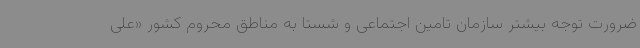
ضرورت توجه بیشتر سازمان تامین اجتماعی و شستا به مناطق محروم کشور «علی